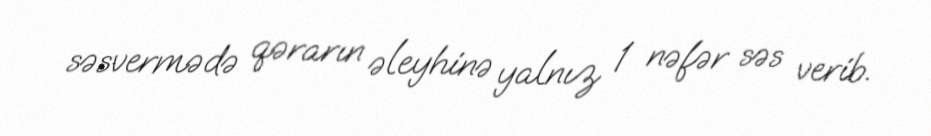
səsvermədə qərarın əleyhinə yalnız 1 nəfər səs verib.